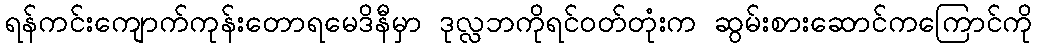
ရန်ကင်းကျောက်ကုန်းတောရမေဒိနီမှာ ဒုလ္လဘကိုရင်ဝတ်တုံးက ဆွမ်းစားဆောင်ကကြောင်ကို